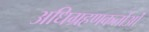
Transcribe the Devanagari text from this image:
अधिग्रहणकर्ताओं